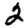
Digit: 2